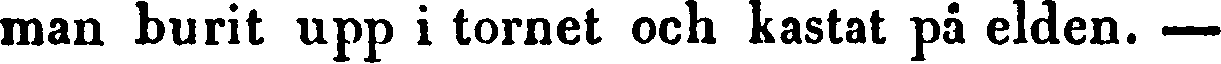
man burit upp i tornet och kastat på elden. —